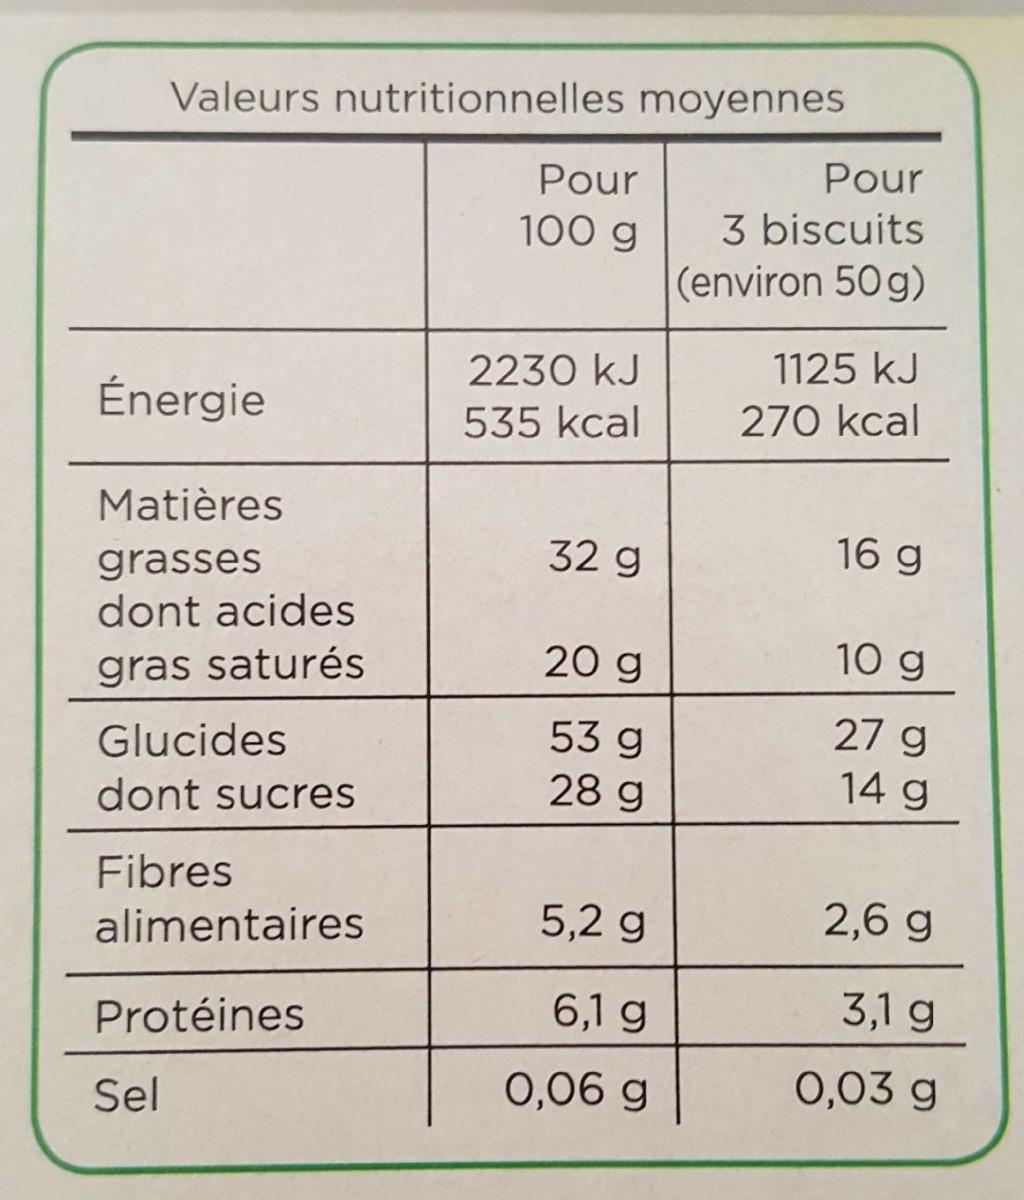
Valeurs nutritionnelles moyennes
Pour
Pour
3 biscuits (environ 50 g)
100 g
2230 kJ
1125 kJ
Énergie
535 kcal
270 kcal
Matières
32 g
16 g
grasses dont acides
20 g
10 g
gras saturés
Glucides
53 g
27 g
dont sucres
28 g
14 g
Fibres
alimentaires
5,2 g
2,6 g
Protéines
6,1 g
3,1 g
Sel
0,06 g
0,03 g